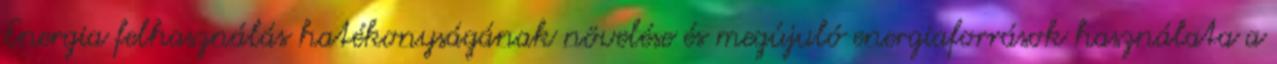
Energia felhasználás hatékonyságának növelése és megújuló energiaforrások használata a